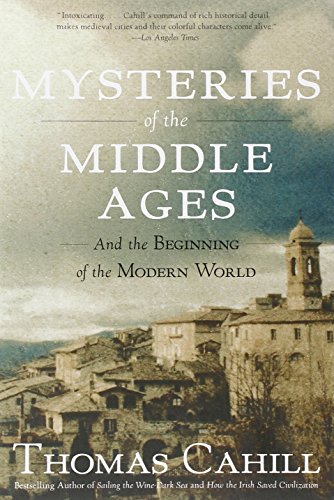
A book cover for Mysteries of the Middle Ages: And the Beginning of the Modern World (Hinges of History); Thomas Cahill; History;